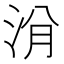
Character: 洕